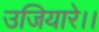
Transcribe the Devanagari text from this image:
उजियारे।।